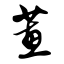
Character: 蕙